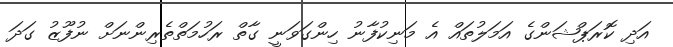
އަދި ކޮރަޕްޝަންގެ އަމަލުތައް އެ މަނިކުފާނު ހިންގަވަނީ ގާތް ރަހުމަތްތެރިންނަށް ނުފޫޒު ގަދަ